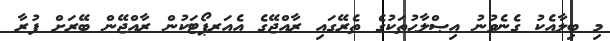
މި ބިލާއެކު ގެނެވުނު އިޞްލާޙުތަކުގެ ތެރޭގައި ރާއްޖޭގެ އެއަރޕޯޓަކުން ރާއްޖޭން ބޭރަށް ފުރާ